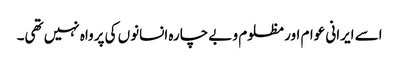
اسے ایرانی عوام اور مظلوم و بے چارہ انسانوں کی پرواہ نہیں تھی۔